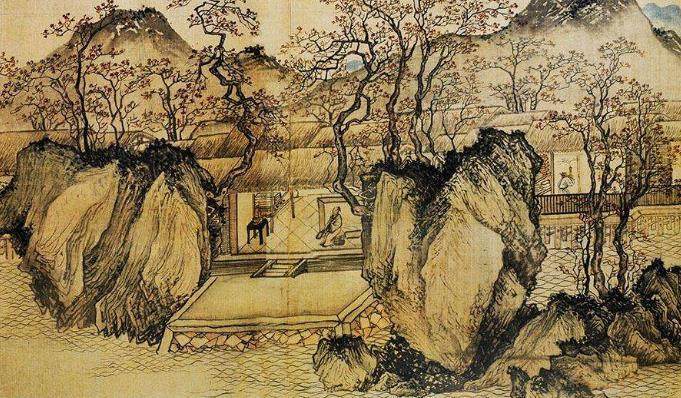
贫居往往无烟火，不独明朝为子推。